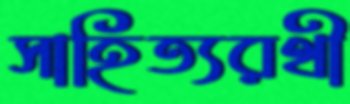
সাহিত্যরথী